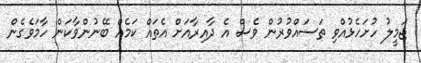
ޖަމީލު ހުށަހެޅުއްވި ތަސައްވުރުން ވެސް އެ ދާއިރާއަށް އެތައް ކަމެއް ބޭނުންވާކަން ހާމަވެގެން